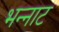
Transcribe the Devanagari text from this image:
भन्‍नाट